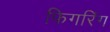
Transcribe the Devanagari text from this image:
फिगरिंग